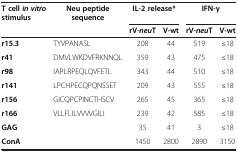
<table><thead><tr><td><b>T cell <i>in vitro </i>stimulus</b></td><td><b>Neu peptide sequence</b></td><td colspan="2"><b>IL-2 release*</b></td><td colspan="2"><b>IFN-γ</b></td></tr><tr><td>[EMPTY_CELL]</td><td>[EMPTY_CELL]</td><td><b>rV-<i>neu</i>T</b></td><td><b>V-wt</b></td><td><b>rV-<i>neu</i>T</b></td><td><b>V-wt</b></td></tr></thead><tbody><tr><td><b>r15.3</b></td><td>TYVPANASL</td><td>208</td><td>44</td><td>519</td><td>≤18</td></tr><tr><td><b>r41</b></td><td>DMVLWKDVFRKNNQL</td><td>359</td><td>43</td><td>475</td><td>≤18</td></tr><tr><td><b>r98</b></td><td>IAPLRPEQLQVFETL</td><td>343</td><td>44</td><td>510</td><td>≤18</td></tr><tr><td><b>r141</b></td><td>LPCHPECQPQNSSET</td><td>209</td><td>43</td><td>555</td><td>≤18</td></tr><tr><td><b>r156</b></td><td>GICQPCPINCTHSCV</td><td>265</td><td>45</td><td>365</td><td>≤18</td></tr><tr><td><b>r166</b></td><td>VLLFLILVVVVGILI</td><td>239</td><td>42</td><td>585</td><td>≤18</td></tr><tr><td><b>GAG</b></td><td>[EMPTY_CELL]</td><td>35</td><td>41</td><td>3</td><td>≤18</td></tr><tr><td><b>ConA</b></td><td>[EMPTY_CELL]</td><td>1450</td><td>2800</td><td>2890</td><td>3150</td></tr></tbody></table>